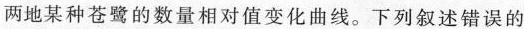
两地某种苍鹭的数量相对值变化曲线。下列叙述错误的